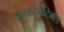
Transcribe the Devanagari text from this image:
इन्फॉर्मेटिक्स